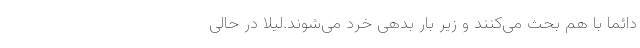
دائماً با هم بحث می‌کنند و زیر بار بدهی‌ خُرد می‌شوند.لیلا در حالی